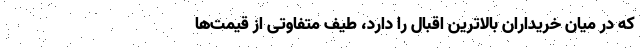
که در میان خریداران بالاترین اقبال را دارد، طیف متفاوتی از قیمت‌ها